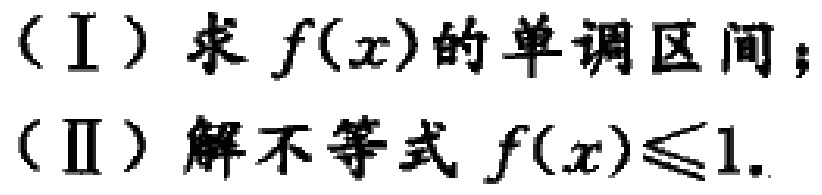
（I）求 \(f(x)\) 的单调区间；
（II）解不等式 \(f(x)\leq1\).